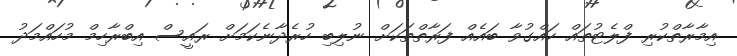
އިމާރާތްކުރި ފްލެޓުތައް ހައްގުވާ ބައެއް ފަރާތްތަކަށް ނުލިބި ހުރެދާނެކަމަށް ރައީސް އިބްރާހިމް މުހައްމަދު